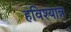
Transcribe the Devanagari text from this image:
हविश्यान्न